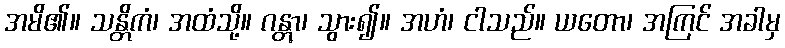
အမိ၏။ သန္တိကံ၊ အထံသို့။ ဂန္တွာ၊ သွား၍။ အဟံ၊ ငါသည်။ ယတော၊ အကြင် အခါမှ